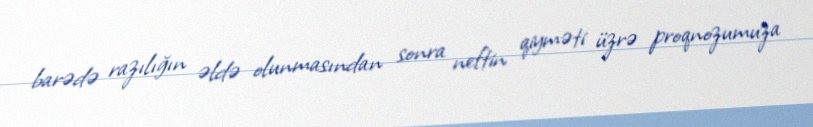
barədə razılığın əldə olunmasından sonra neftin qiyməti üzrə proqnozumuza